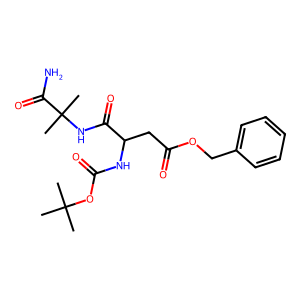
SMILES: CC(C)(C)OC(=O)NC(CC(=O)OCc1ccccc1)C(=O)NC(C)(C)C(N)=O
Inhibits HIV replication: No